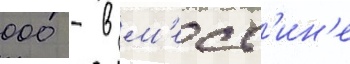
000 - в м'есс'ин'е